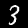
Label: 3